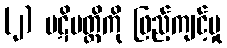
(၂) ပဋိပတ္တိကို ဖြည့်ကျင့်မှု